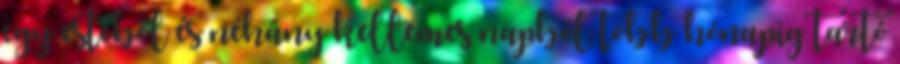
egy estéből és néhány kellemes napból több hónapig tartó